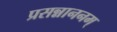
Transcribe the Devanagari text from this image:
प्रसन्नाननम्